Source: Handwritten
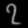
Digit: ၇ (7)